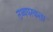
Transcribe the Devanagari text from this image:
तथ्यपरकता